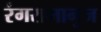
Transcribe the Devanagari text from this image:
रंगरामानुज